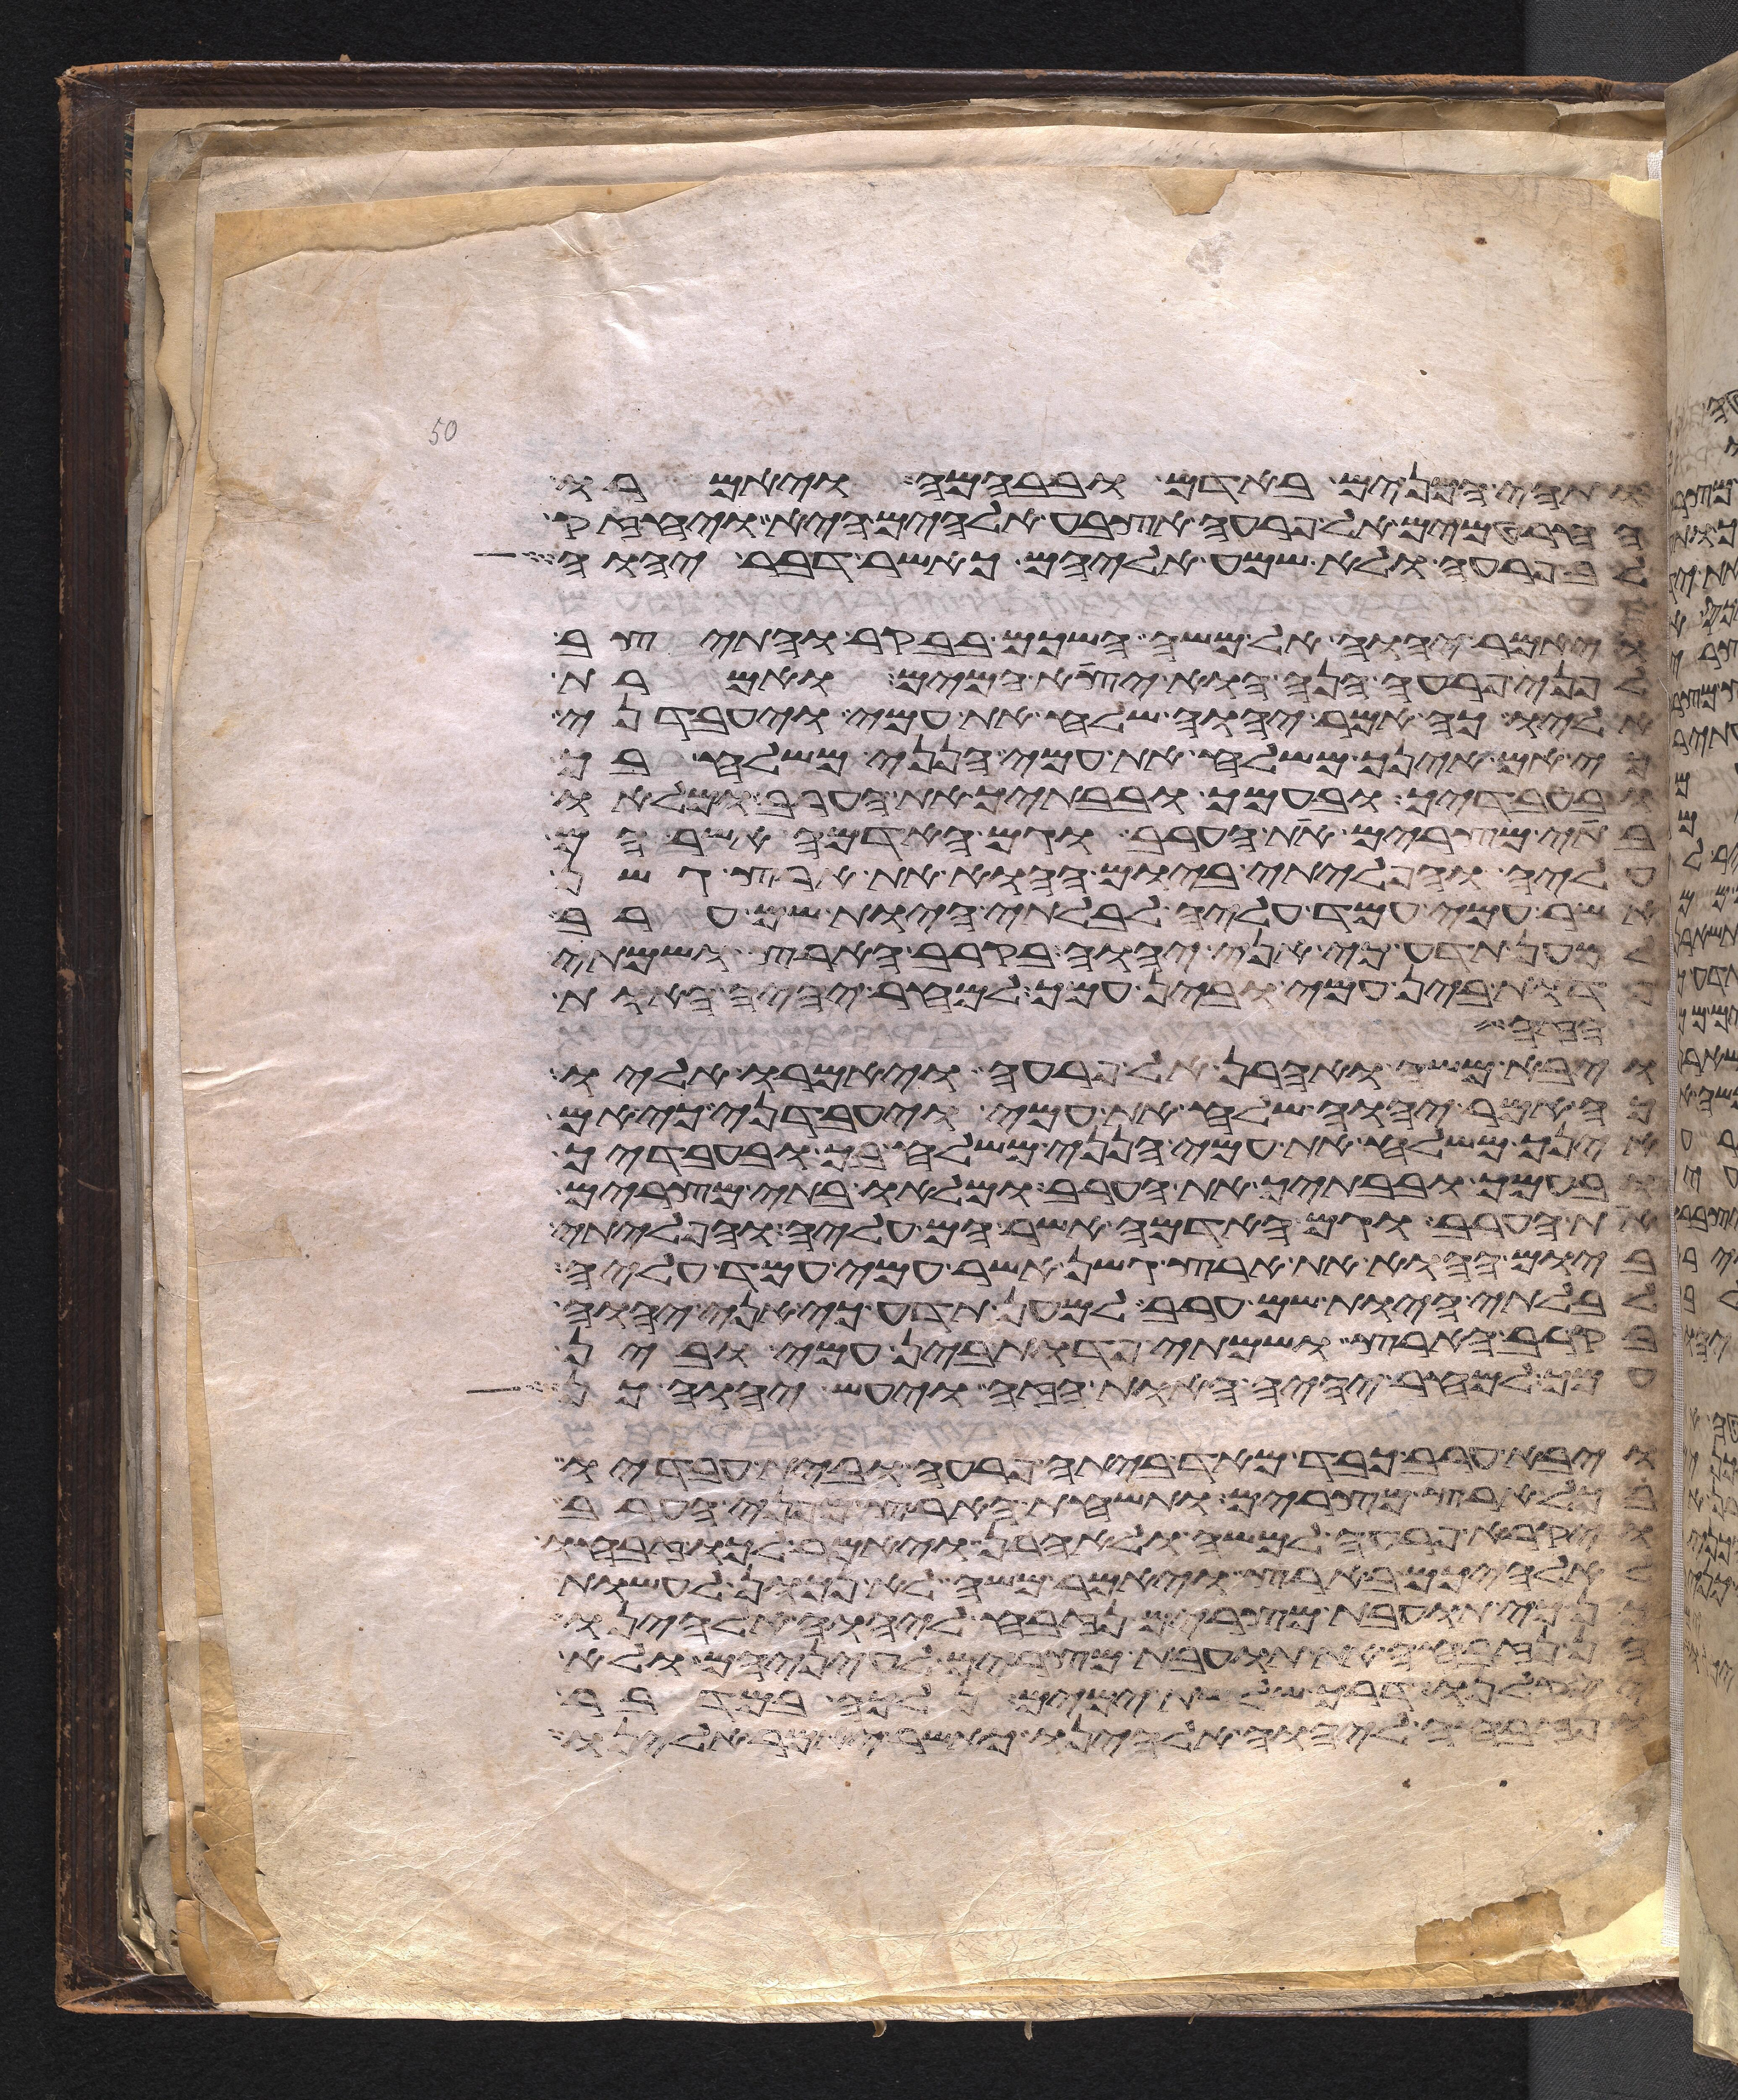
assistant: ותהי הכנים באדם ובבהמה ויאמרו
החרטמים אל פרעה אצבע אלהים היא ויחזק
לב פרעה ולא שמע אליהם כאשר דבר יהוה
ויאמר יהוה אל משה השכם בבקר והתיצב
לפני פרעה הנה הוא יצא המים ואמרת
אליו כה אמר יהוה שלח את עמי ויעבדני
כי אם אינך משלח את עמי הנני משלח בך
ובעבדיך ובעמך ובבתיך את הערב ומלאו
בתי מצרים את הערב וגם האדמה אשר הם
עליה והפליתי ביום ההוא את ארץ גשן
אשר עמי עמד עליה לבלתי היות שם ערב
למען תדע כי אני יהוה בקרב הארץ ושמתי
פדות בין עמי ובין עמך למחר יהיה האות
הבו
ויבא משה ואהרן אל פרעה ויאמרו אליו
כה אמר יהוה שלח את עמי ויעבדני כי אם
אינך משלח את עמי הנני משלח בך ובעבדיך
ובעמך ובבתיך את הערב ומלאו בתי מצרים
את הערב וגם האדמה אשר הם עליה והפליתי
ביום ההוא את ארץ גשן אשר עמי עמד עליה
לבלתי היות שם ערב למען תדע כי אני יהוה
בקרב הארץ ושמתי פדות בין עמי ובין
עמך למחר יהיה האות הזה ויעש יהוה כן
ויבא ערב כבד מאד ביתה פרעה ובית עבדיו
בכל ארץ מצרים ותשחת הארץ מפני הערב
ויקרא פרעה למשה ולאהרן ויאמר לכו זבחו
לאלהיכם בארץ ויאמר משה לא נכון לעשות
כי תועבת מצרים נזבח ליהוה אלהינו
הן נזבח את תועבת מצרים לעיניהם ולא
יסקלנו דרך שלשת ימים נלכה במדבר
ונזבחה ליהוה אלהינו כאשר יאמר אלינו